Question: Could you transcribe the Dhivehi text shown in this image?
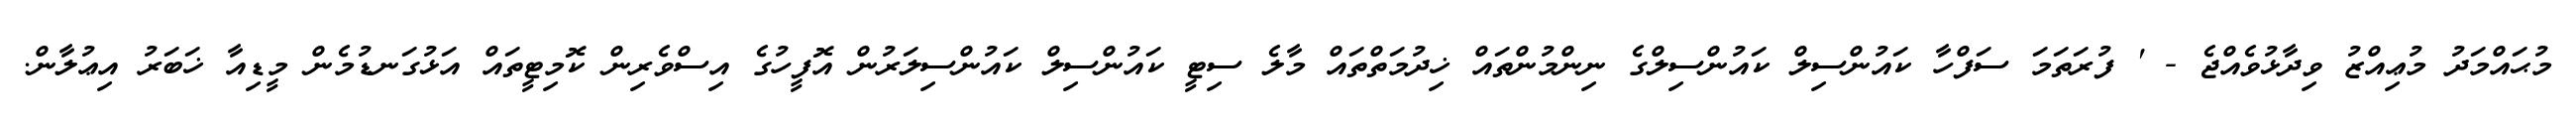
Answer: މުޙައްމަދު މުޢިއްޒު ވިދާޅުވެއްޖެ - ' ފުރަތަމަ ސަފްހާ ކައުންސިލް ކައުންސިލްގެ ނިންމުންތައް ޚިދުމަތްތައް މާލެ ސިޓީ ކައުންސިލް ކައުންސިލަރުން އޮފީހުގެ އިސްވެރިން ކޮމިޓީތައް އަޅުގަނޑުމެން މީޑިއާ ޚަބަރު އިޢުލާން.